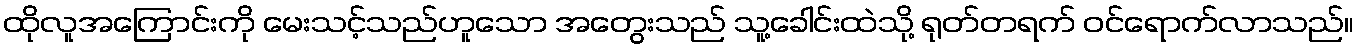
ထိုလူအကြောင်းကို မေးသင့်သည်ဟူသော အတွေးသည် သူ့ခေါင်းထဲသို့ ရုတ်တရက် ဝင်ရောက်လာသည်။